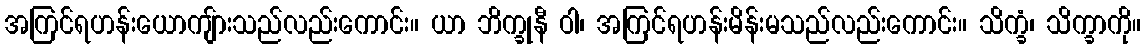
အကြင်ရဟန်းယောကျ်ားသည်လည်းကောင်း။ ယာ ဘိက္ခုနီ ဝါ၊ အကြင်ရဟန်းမိန်းမသည်လည်းကောင်း။ သိက္ခံ၊ သိက္ခာကို။